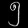
Digit: ၅